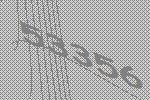
53356